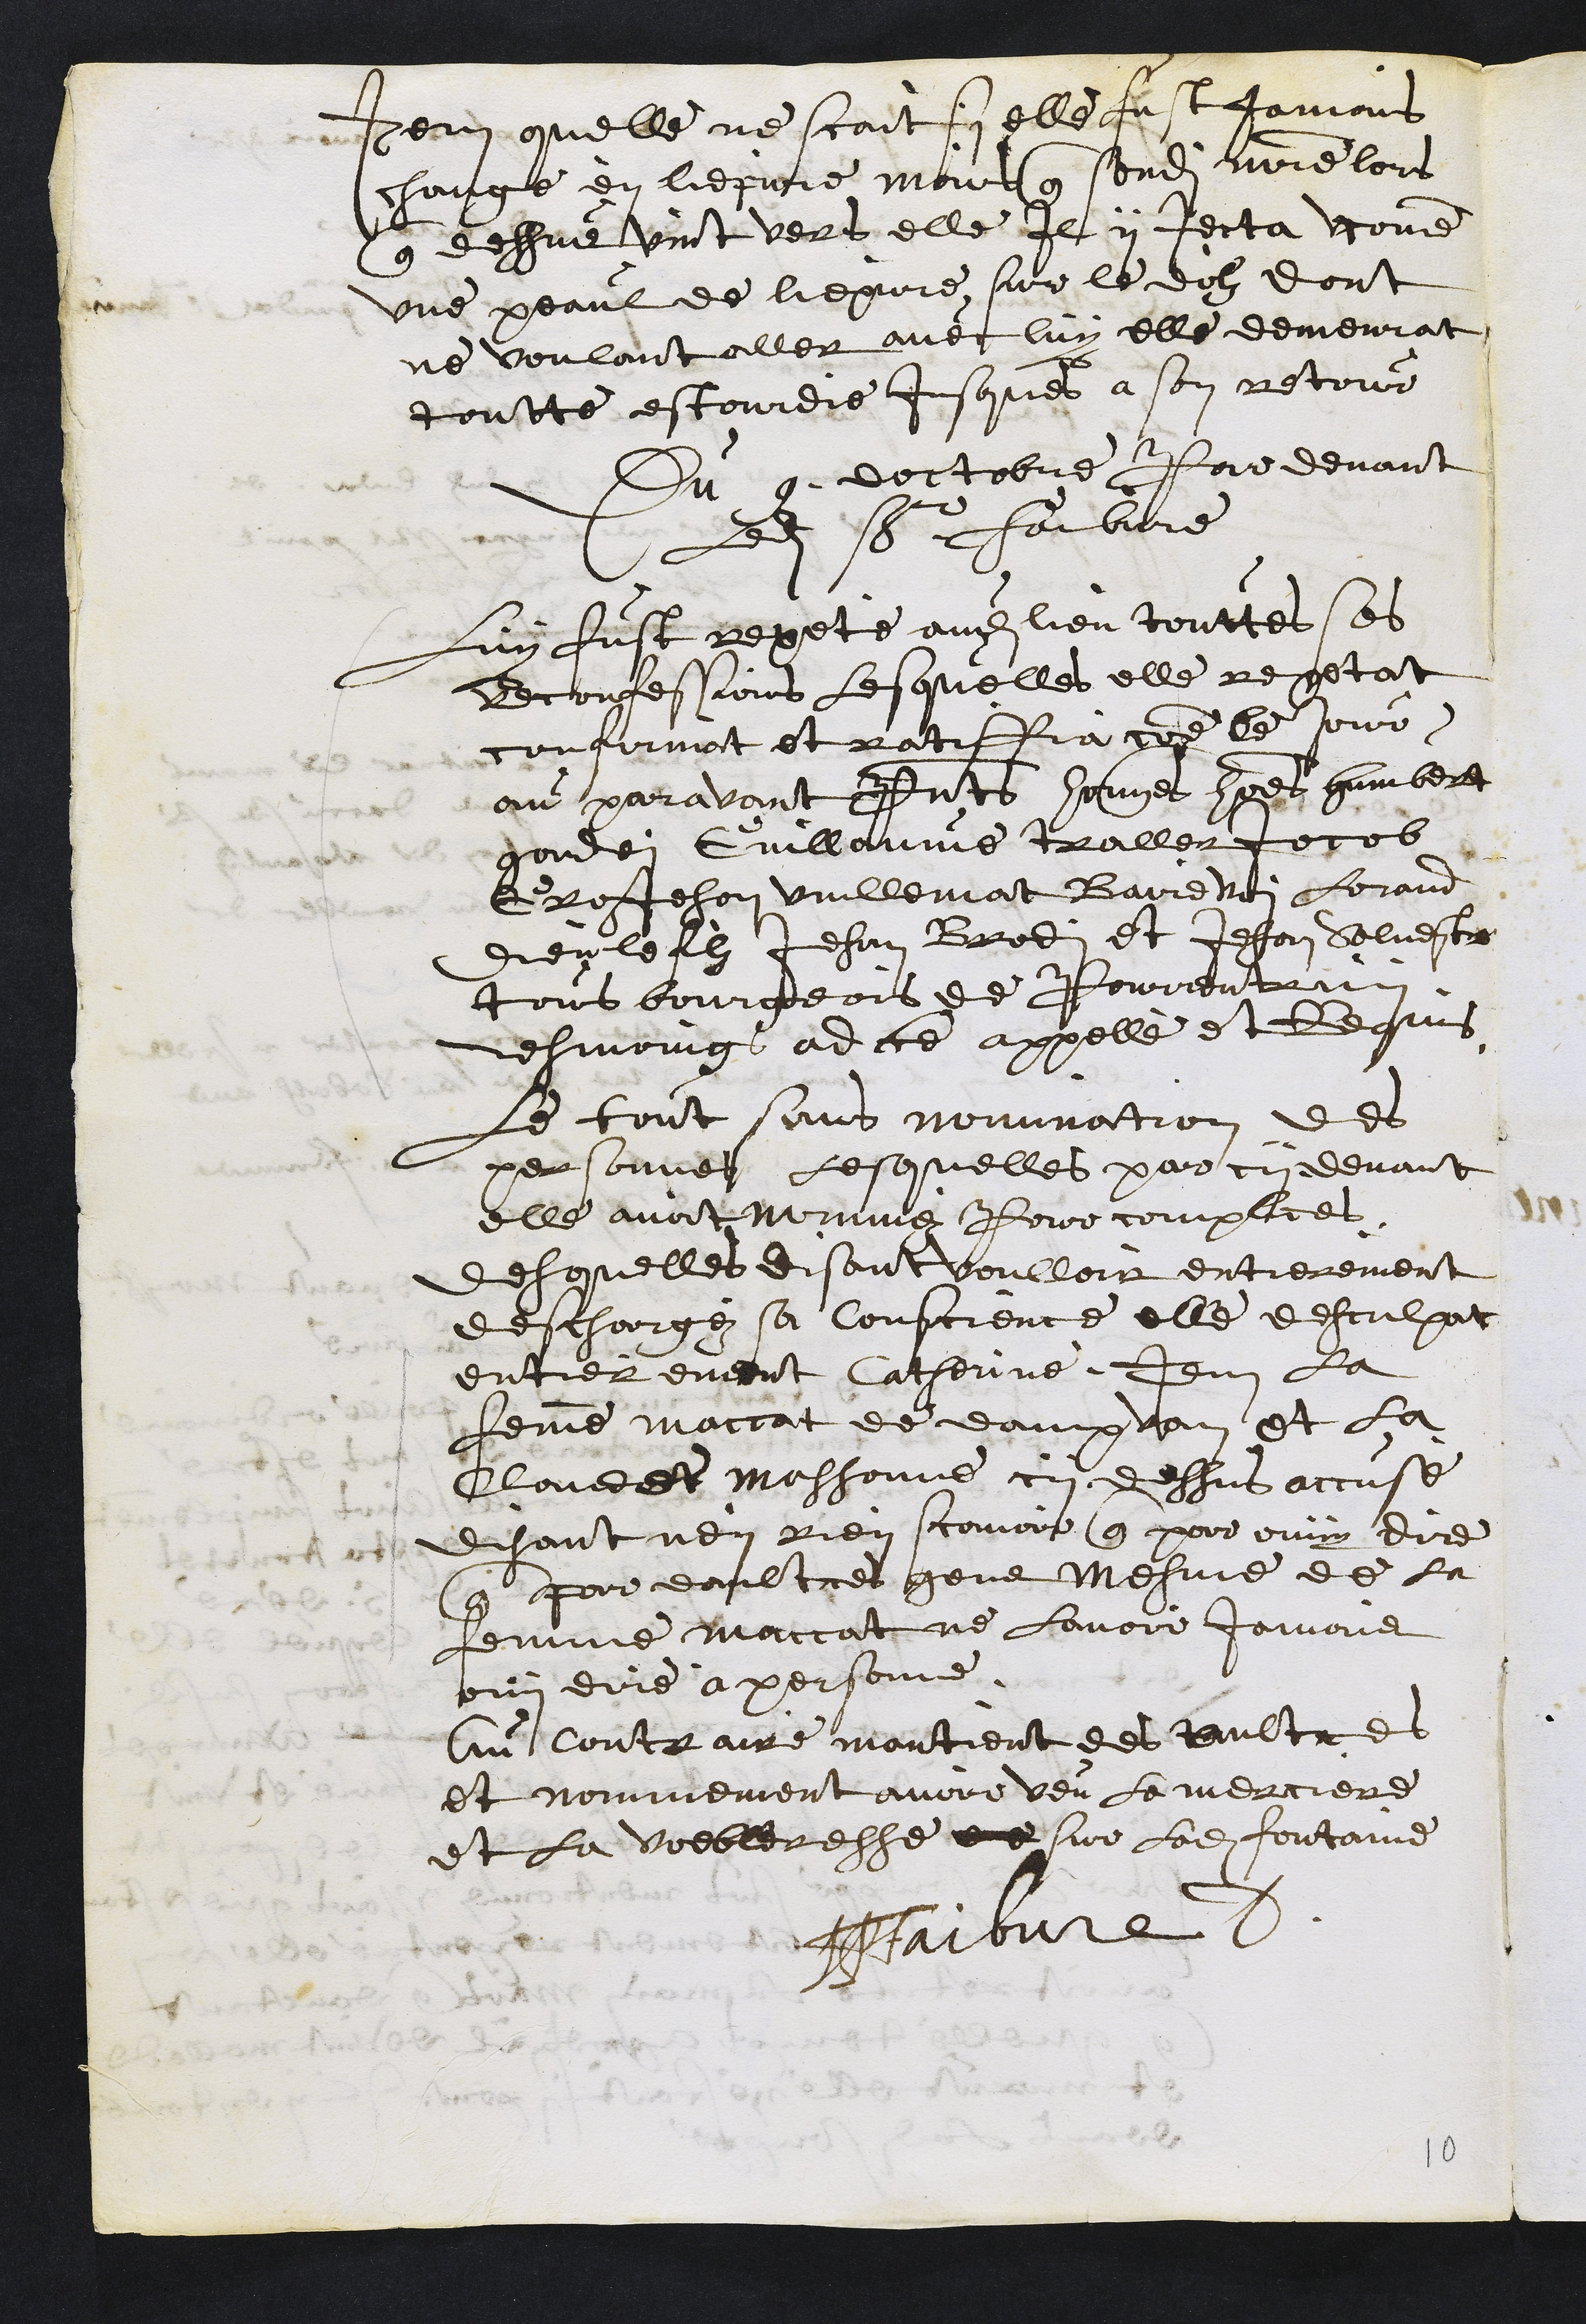
Item quelle ne scait si elle fust jamais
change en liepvre moins que sondit maitre lors
que dessus vint vers elle Il y jecta comme
une peaul de liepvre sur le dolz dont
ne voulant aller avec luy elle demeurat
toutte estourdie jusques a son retour
Du 9 doctobre Par devant
ledit sr Faibvre
Luy fust repeté audit lieu touttes ses
Reconfessions lesquelles elle repetat
confirmat et ratiffia comme le jour
au paravant Presents honnetes hommes humbert
gondei Guillaume traller Jocob
GrosJehan Vuillemat Bairdvoi Lorand
Dieu le filz Jehan Brodi et Jehan Solvestre
tous bourgeois de Pourrentruy
tesmoings ad ce appellé et Requis
Le tout sans nomination des
personnes Lesquelles par cy devant
elle avoit nommez Pour complices
desquelles disant voulloit entierement
dechargez sa conscience elle desculpat
entierement Catherinne, Item la
femme maccat de dampvan et la
Claudet massonne cy dessus accusé
disant nen rien scavoir que pour ouy dire
que par daultres gens Mesme de la
femme maccat ne lavoir jamais
ouy dire à personne.
Au contraire mantient des aultres
et nommement avoir veu la merciere
et la voebleresse de sur ladite fontaine
HPFaibvre

10